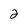
Character: 2